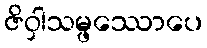
ဇိဝှါသမ္ဖဿောပေ